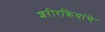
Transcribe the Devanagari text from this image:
शरीरक्रियांचे